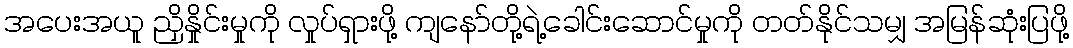
အပေးအယူ ညှိနှိုင်းမှုကို လှုပ်ရှားဖို့ ကျနော်တို့ရဲ့ခေါင်းဆောင်မှုကို တတ်နိုင်သမျှ အမြန်ဆုံးပြဖို့